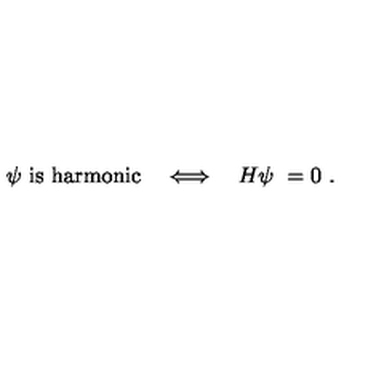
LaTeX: \psi \ \mathrm { i s \ h a r m o n i c } \quad \Longleftrightarrow \quad H \psi \ = 0 \ .